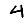
Digit: 4